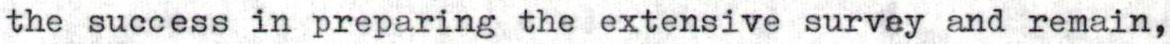
the success in preparing the extensive survey and remain,